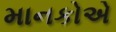
માનકોએ